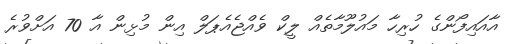
އާއައިފޯންގެ ހުރިހާ މައުލޫމާތެއް ލީކް ވެއްޖެއެޕަލް އިން މުޅިން އާ 70 އަށްވުރެ